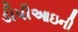
ડીપીઆઇની